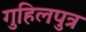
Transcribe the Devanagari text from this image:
गुहिलपुत्र